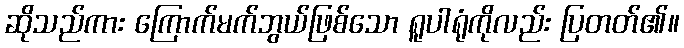
ဆိုသည်ကား ကြောက်မက်ဘွယ်ဖြစ်သော ရူပါရုံကိုလည်း ပြတတ်၏။